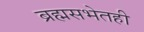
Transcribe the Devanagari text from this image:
ब्रह्मसभेतही